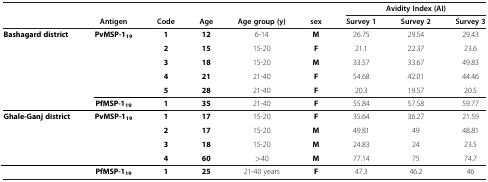
| <COLSPAN=6>  |  | Avidity Index (AI) |  |
 |  | Antigen | Code | Age | Age group (y) | sex | Survey 1 | Survey 2 | Survey 3 |
 | --- | --- | --- | --- | --- | --- | --- | --- | --- |
 | <ROWSPAN=6> Bashagard district | <ROWSPAN=5> PvMSP-119 | 1 | 12 | 6-14 | M | 26.75 | 29.54 | 29.43 |
 | 2 | 15 | 15-20 | F | 21.1 | 22.37 | 23.6 |
 | 3 | 18 | 15-20 | M | 33.57 | 33.67 | 49.83 |
 | 4 | 21 | 21-40 | F | 54.68 | 42.01 | 44.46 |
 | 5 | 28 | 21-40 | F | 20.3 | 19.57 | 20.5 |
 | PfMSP-119 | 1 | 35 | 21-40 | F | 55.84 | 57.58 | 59.77 |
 | <ROWSPAN=4> Ghale-Ganj district | <ROWSPAN=4> PvMSP-119 | 1 | 17 | 15-20 | F | 35.64 | 36.27 | 21.59 |
 | 2 | 17 | 15-20 | M | 49.81 | 49 | 48.81 |
 | 3 | 18 | 15-20 | M | 24.83 | 24 | 23.5 |
 | 4 | 60 | >40 | M | 77.14 | 75 | 74.7 |
 |  | PfMSP-119 | 1 | 25 | 21-40years | F | 47.3 | 46.2 | 46 |